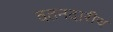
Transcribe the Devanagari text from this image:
वतनदारीच